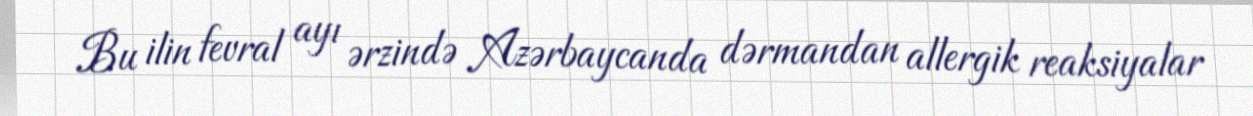
Bu ilin fevral ayı ərzində Azərbaycanda dərmandan allergik reaksiyalar